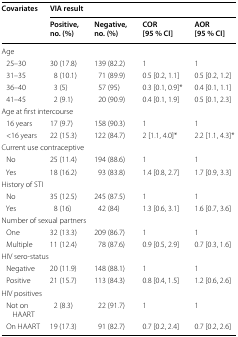
| <ROWSPAN=2> Covariates | <COLSPAN=4> VIA result |
 | Positive, no. (%) | Negative, no. (%) | COR [95 % CI] | AOR [95 % CI] |
 | --- | --- | --- | --- | --- |
 | <COLSPAN=5> Age |
 | 25–30 | 30 (17.8) | 139 (82.2) | 1 | 1 |
 | 31–35 | 8 (10.1) | 71 (89.9) | 0.5 [0.2, 1.1] | 0.5 [0.2, 1.2] |
 | 36–40 | 3 (5) | 57 (95) | 0.3 [0.1, 0.9]* | 0.4 [0.1, 1.1] |
 | 41–45 | 2 (9.1) | 20 (90.9) | 0.4 [0.1, 1.9] | 0.5 [0.1, 2.3] |
 | <COLSPAN=5> Age at first intercourse |
 | 16 years | 17 (9.7) | 158 (90.3) | 1 | 1 |
 | <16 years | 22 (15.3) | 122 (84.7) | 2 [1.1, 4.0]* | 2.2 [1.1, 4.3]* |
 | <COLSPAN=5> Current use contraceptive |
 | No | 25 (11.4) | 194 (88.6) | 1 | 1 |
 | Yes | 18 (16.2) | 93 (83.8) | 1.4 [0.8, 2.7] | 1.7 [0.9, 3.3] |
 | <COLSPAN=5> History of STI |
 | No | 35 (12.5) | 245 (87.5) | 1 | 1 |
 | Yes | 8 (16) | 42 (84) | 1.3 [0.6, 3.1] | 1.6 [0.7, 3.6] |
 | <COLSPAN=5> Number of sexual partners |
 | One | 32 (13.3) | 209 (86.7) | 1 | 1 |
 | Multiple | 11 (12.4) | 78 (87.6) | 0.9 [0.5, 2.9] | 0.7 [0.3, 1.6] |
 | <COLSPAN=5> HIV sero-status |
 | Negative | 20 (11.9) | 148 (88.1) | 1 | 1 |
 | Positive | 21 (15.7) | 113 (84.3) | 0.8 [0.4, 1.5] | 1.2 [0.6, 2.6] |
 | <COLSPAN=5> HIV positives |
 | Not on HAART | 2 (8.3) | 22 (91.7) | 1 | 1 |
 | On HAART | 19 (17.3) | 91 (82.7) | 0.7 [0.2, 2.4] | 0.7 [0.2, 2.6] |